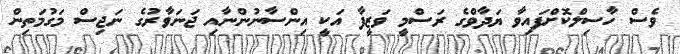
ވެސް ހާސިލްކޮށްފައިވާ ޔަދާވްގެ ރަސްމީ ވަޒީފާ އަކީ އިންސާނުންނާއި ޖަނަވާރުގެ ނަޖިސް މަގުމަތިން